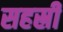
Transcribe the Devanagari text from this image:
सहस्री